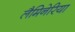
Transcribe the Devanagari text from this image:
लैमिनेरिया